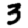
Digit: 3